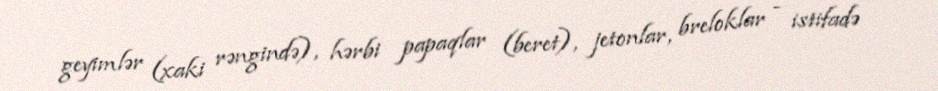
geyimlər (xaki rəngində), hərbi papaqlar (beret), jetonlar, breloklar - istifadə